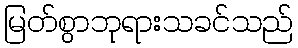
မြတ်စွာဘုရားသခင်သည်